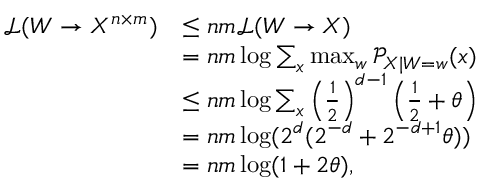
\begin{array} { r l } { \mathcal { L } ( W \to X ^ { n \times m } ) } & { \leq n m \mathcal { L } ( W \to X ) } \\ & { = n m \log \sum _ { x } \operatorname* { m a x } _ { w } \mathcal { P } _ { X | W = w } ( x ) } \\ & { \leq n m \log \sum _ { x } \left( \frac { 1 } { 2 } \right) ^ { d - 1 } \left( \frac { 1 } { 2 } + \theta \right) } \\ & { = n m \log ( 2 ^ { d } ( 2 ^ { - d } + 2 ^ { - d + 1 } \theta ) ) } \\ & { = n m \log ( 1 + 2 \theta ) , } \end{array}